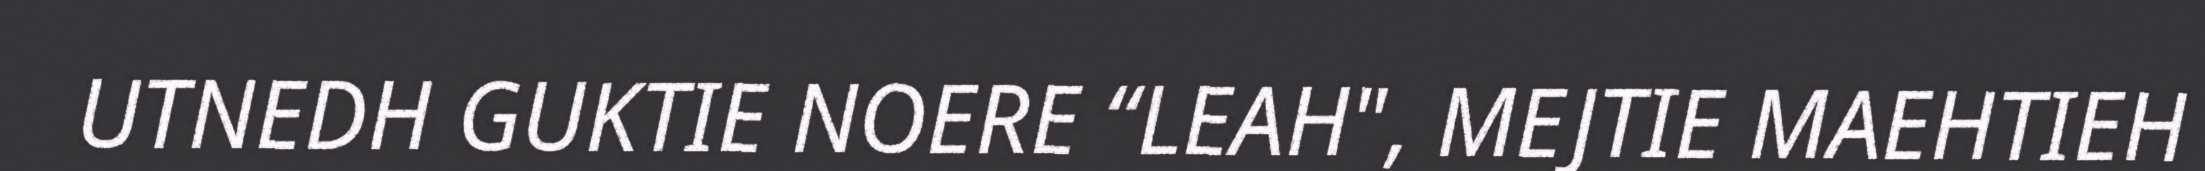
UTNEDH GUKTIE NOERE “LEAH", MEJTIE MAEHTIEH